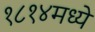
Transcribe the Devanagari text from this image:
१८१४मध्ये